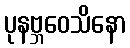
ပုနဗ္ဘဝေသိနော